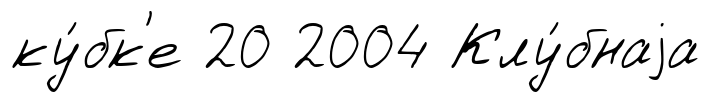
ку́бк'е 20 2004 Клу́бнаjа